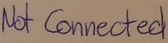
Text: Not Connected